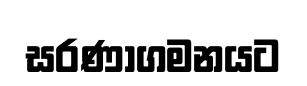
සරණාගමනයට